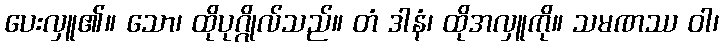
ပေးလှူ၏။ သော၊ ထိုပုဂ္ဂိုလ်သည်။ တံ ဒါနံ၊ ထိုအလှူကို။ သမဏဿ ဝါ၊